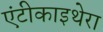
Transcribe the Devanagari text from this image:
एंटीकाइथेरा